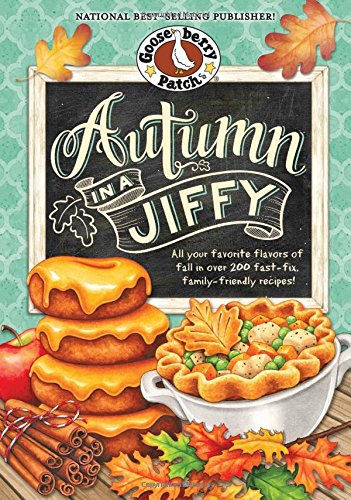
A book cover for Autumn in a Jiffy Cookbook: All Your Favorite Flavors of Fall in Over 200 Fast-Fix, Family-Friendly Recipes. (Seasonal Cookbook Collection); Gooseberry Patch; Cookbooks, Food & Wine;